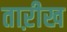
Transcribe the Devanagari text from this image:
ताऱीख